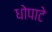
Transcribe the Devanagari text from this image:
धोपाटे